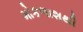
મોકળાશથી